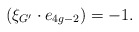
\begin{align*}(\xi_{G^{\prime}}\cdot e_{4g-2})=-1.\end{align*}